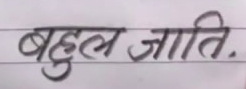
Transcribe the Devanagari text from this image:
बहुदल जाति.